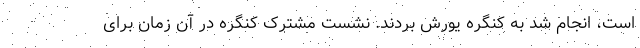
است، انجام شد به کنگره یورش بردند. نشست مشترک کنگره در آن زمان برای